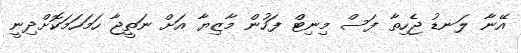
އޭނާ ލަނޑު ޖެހިތާ ފަސް މިނިޓް ފަހުން މާޒިޔާ އަށް ނަތީޖާ ހަމަހަމަކޮށްދިނީ